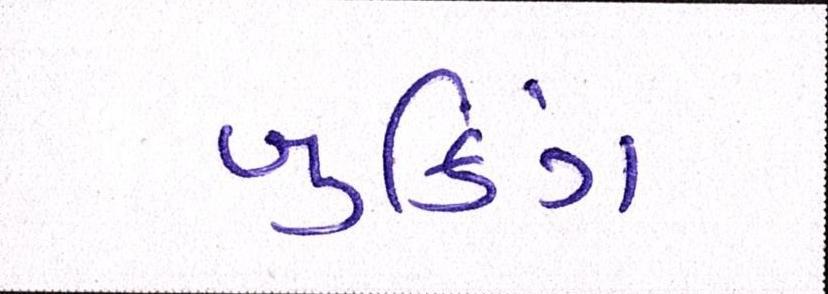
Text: બુકિંગ